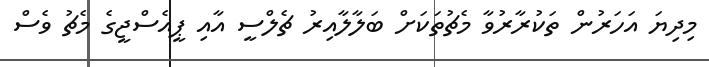
މިދިޔަ އަހަރުން ތަކުރާރުވާ މެޗުތަކަށް ބަލާލާއިރު ޗެލްސީ އާއި ޕީއެސްޖީގެ މެޗު ވެސް